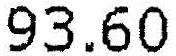
93.60